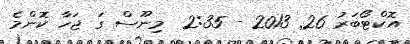
އޮކްޓޯބަރު 26